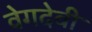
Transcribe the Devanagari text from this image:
वेगदेवी